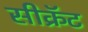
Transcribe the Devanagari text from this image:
सीक्रॅट